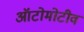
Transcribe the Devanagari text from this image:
ऑटोमोटीव